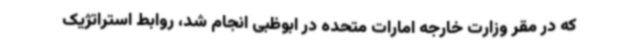
که در مقر وزارت خارجه امارات متحده در ابوظبی انجام شد، روابط استراتژیک